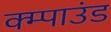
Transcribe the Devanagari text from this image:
क्म्पाउंड